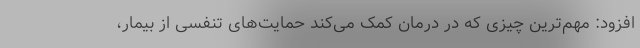
افزود: مهم‌ترین چیزی که در درمان کمک می‌کند حمایت‌های تنفسی از بیمار،